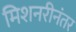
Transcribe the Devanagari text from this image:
मिशनरीनंतर